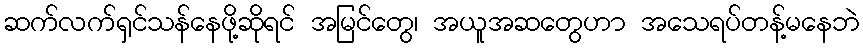
ဆက်လက်ရှင်သန်နေဖို့ဆိုရင် အမြင်တွေ၊ အယူအဆတွေဟာ အသေရပ်တန့်မနေဘဲ